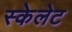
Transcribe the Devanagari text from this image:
स्केलेट